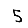
Digit: 5